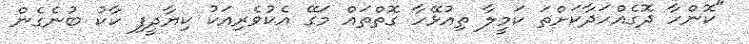
"ކޮންހާ ދޮގެއްހަދާކަށްތަ ކަމީލާ ތިއުޅޭހާ ގޮތްތައް މަގޭ އެކުވެރިއަކު ކިޔާދީފި ކާކު ބުނެގެން